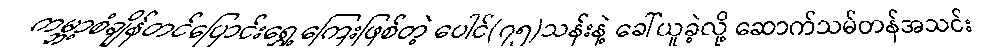
ကမ္ဘာ့စံချိန်တင်ပြောင်းရွှေ့ကြေးဖြစ်တဲ့ ပေါင်(၇၅)သန်းနဲ့ ခေါ်ယူခဲ့လို့ ဆောက်သမ်တန်အသင်း